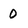
Character: 0